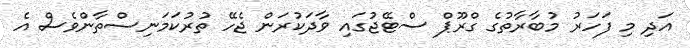
އަދި މި ފަހަރު މުބާރާތުގެ ގްރޫޕް ސްޓޭޖުގައި ވާދަކުރަން ޖެހޭ ތުރުކަމަނިސްތާންވެސް އެ